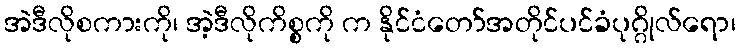
အဲဒီလိုစကားကို၊ အဲ့ဒီလိုကိစ္စကို က နိုင်ငံတော်အတိုင်ပင်ခံပုဂ္ဂိုလ်ရော၊